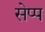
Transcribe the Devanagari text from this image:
सेप्प